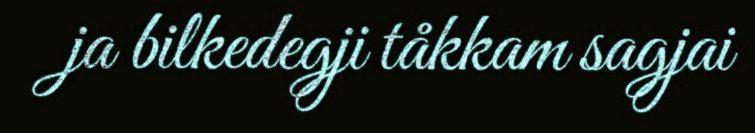
ja bilkedegji tåkkam sagjai